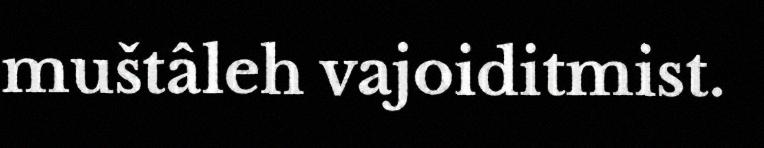
muštâleh vajoiditmist.